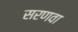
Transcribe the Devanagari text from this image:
सरणवा